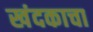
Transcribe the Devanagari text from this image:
खंदकाचा